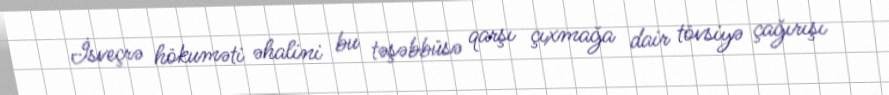
İsveçrə hökuməti əhalini bu təşəbbüsə qarşı çıxmağa dair tövsiyə çağırışı